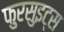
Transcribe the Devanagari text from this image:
फुरसुइट्स